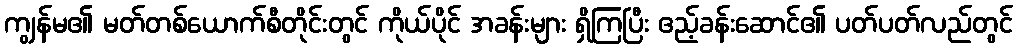
ကျွန်မ၏ မတ်တစ်ယောက်စီတိုင်းတွင် ကိုယ်ပိုင် အခန်းများ ရှိကြပြီး ဧည့်ခန်းဆောင်၏ ပတ်ပတ်လည်တွင်